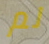
لم